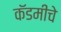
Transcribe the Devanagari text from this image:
कॅडमीचे